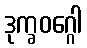
ဒုက္ခဝဂ္ဂေါ